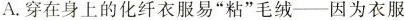
A.穿在身上的化纤衣服易”粘”毛绒--因为衣服